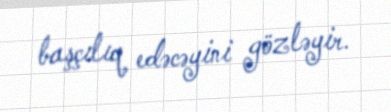
başçılıq edəcəyini gözləyir.